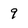
Character: 9